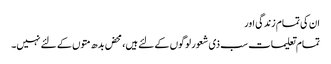
ان کی تمام زندگی اور
تمام تعلیمات سب ذی شعور لوگوں کے لئے ہیں، محض بدھ متوں کے لئے نہیں۔